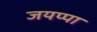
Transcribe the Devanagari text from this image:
जयप्पा